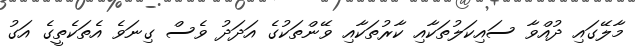
މާލޭގައި ދުއްވާ ސައިކަލުތަކާއި ކާރުތަކާއި ވޭންތަކުގެ އަދަދު ވެސް ގިނަވެ އެތަކެތީގެ އަގު